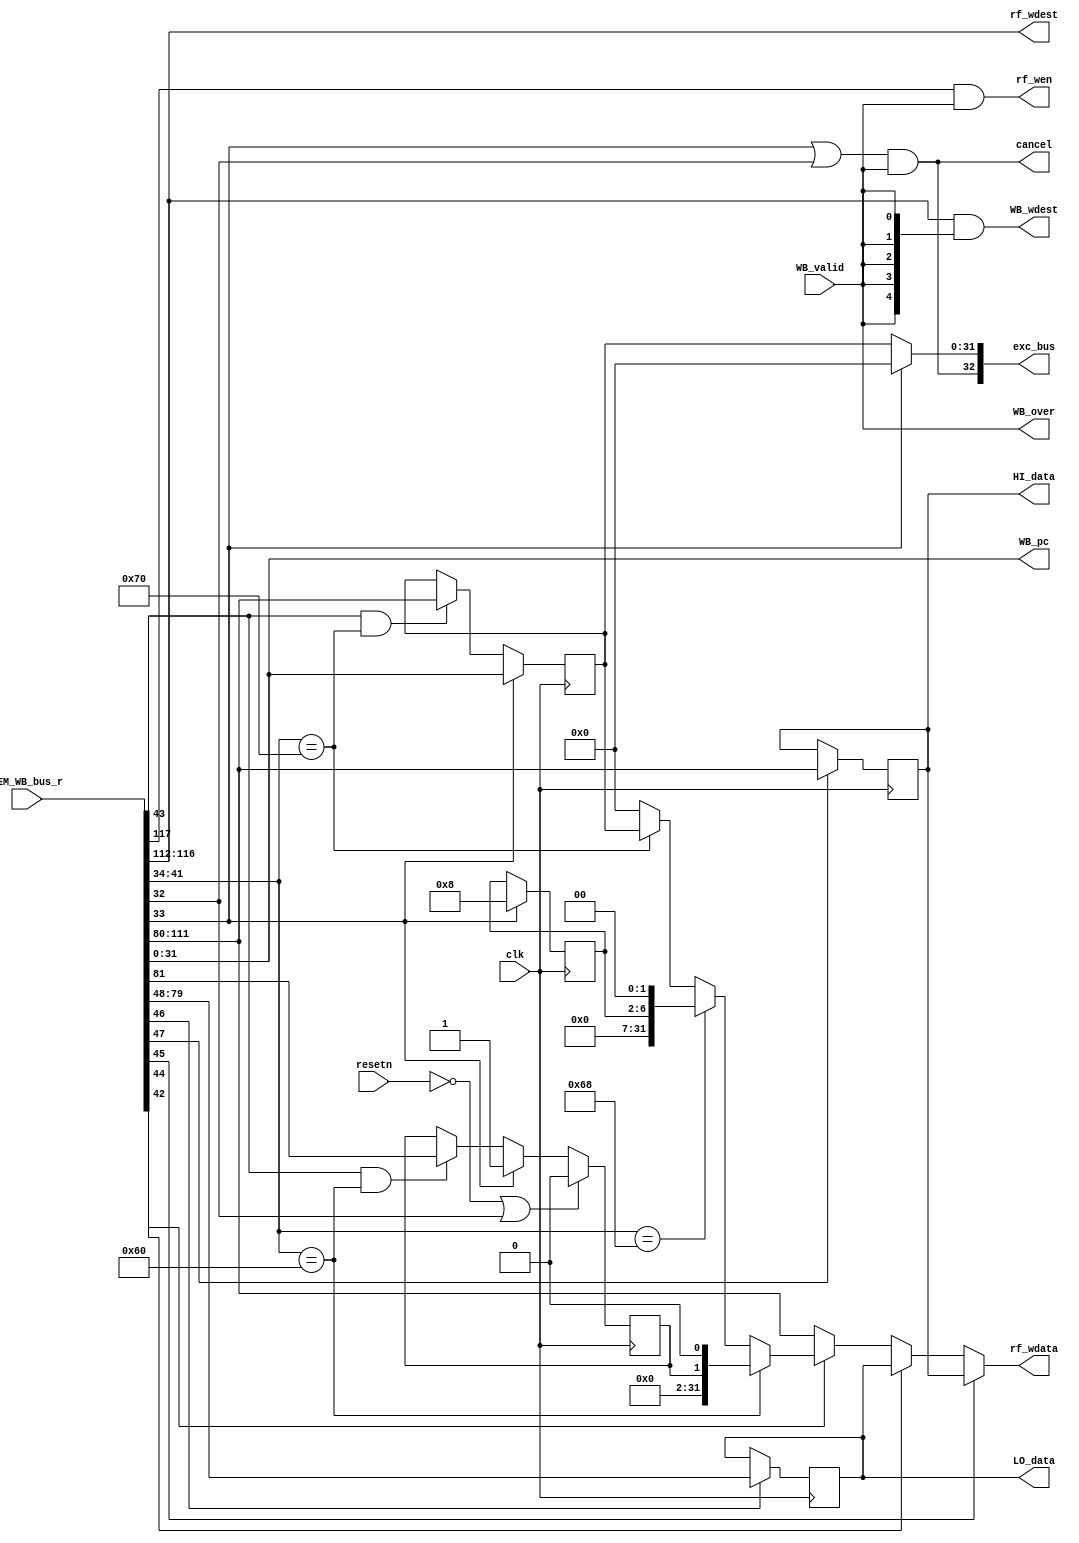
`timescale 1ns / 1ps
//*************************************************************************
//   > : wb.v
//   >   :CPU
//   >   : LOONGSON
//   >   : 2016-04-14
//*************************************************************************
`define EXC_ENTER_ADDR 32'd0     // Excption
                                 // ExceptionSYSCALL
module wb(                       // 
    input          WB_valid,     // 
    input  [117:0] MEM_WB_bus_r, // MEM->WB
    output         rf_wen,       // 
    output [  4:0] rf_wdest,     // 
    output [ 31:0] rf_wdata,     // 
    output         WB_over,      // WB

     //5
     input             clk,       // 
    input             resetn,    // 
     output [ 32:0] exc_bus,      // Exception pc
     output [  4:0] WB_wdest,     // WB
     output         cancel,       // syscalleretcancel
                                  // 
 
     //PCHI/LO
     output [ 31:0] WB_pc,
     output [ 31:0] HI_data,
     output [ 31:0] LO_data
);
//-----{MEM->WB}begin    
    //MEMresult
    wire [31:0] mem_result;
    //HI/LO
    wire [31:0] lo_result;
    wire        hi_write;
    wire        lo_write;
    
    //
    wire wen;
    wire [4:0] wdest;
    
    //
    wire mfhi;
    wire mflo;
    wire mtc0;
    wire mfc0;
    wire [7 :0] cp0r_addr;
    wire       syscall;   //syscalleret 
    wire       eret;
    
    //pc
    wire [31:0] pc;    
    assign {wen,
            wdest,
            mem_result,
            lo_result,
            hi_write,
            lo_write,
            mfhi,
            mflo,
            mtc0,
            mfc0,
            cp0r_addr,
            syscall,
            eret,
            pc} = MEM_WB_bus_r;
//-----{MEM->WB}end

//-----{HI/LO}begin
    //HI32
    //LO32
    reg [31:0] hi;
    reg [31:0] lo;
    
    //HImem_result
    always @(posedge clk)
    begin
        if (hi_write)
        begin
            hi <= mem_result;
        end
    end
    //LOlo_result
    always @(posedge clk)
    begin
        if (lo_write)
        begin
            lo <= lo_result;
        end
    end
//-----{HI/LO}end

//-----{cp0}begin
// cp00
// CPUcp0
// STATUS(12.0),CAUSE(13.0),EPC(14.0)
// CP05cp0
   wire [31:0] cp0r_status;
   wire [31:0] cp0r_cause;
   wire [31:0] cp0r_epc;
   
   //
   wire status_wen;
   //wire cause_wen;
   wire epc_wen;
   assign status_wen = mtc0 & (cp0r_addr=={5'd12,3'd0});
   assign epc_wen    = mtc0 & (cp0r_addr=={5'd14,3'd0});
   
   //cp0
   wire [31:0] cp0r_rdata;
   assign cp0r_rdata = (cp0r_addr=={5'd12,3'd0}) ? cp0r_status :
                       (cp0r_addr=={5'd13,3'd0}) ? cp0r_cause  :
                       (cp0r_addr=={5'd14,3'd0}) ? cp0r_epc : 32'd0;
   
   //STATUS
   //STATUS[1]EXL
   //EXLstatu_wen
   reg status_exl_r;
   assign cp0r_status = {30'd0,status_exl_r,1'b0};
   always @(posedge clk)
   begin
       if (!resetn || eret)
       begin
           status_exl_r <= 1'b0;
       end
       else if (syscall)
       begin
           status_exl_r <= 1'b1;
       end
       else if (status_wen)
       begin
           status_exl_r <= mem_result[1];
       end
   end
   
   //CAUSE
   //CAUSE[6:2]ExcCode,Exception
   //ExcCodecause_wen
   reg [4:0] cause_exc_code_r;
   assign cp0r_cause = {25'd0,cause_exc_code_r,2'd0};
   always @(posedge clk)
   begin
       if (syscall)
       begin
           cause_exc_code_r <= 5'd8;
       end
   end
   
   //EPC
   //
   //EPCepc_wen
   reg [31:0] epc_r;
   assign cp0r_epc = epc_r;
   always @(posedge clk)
   begin
       if (syscall)
       begin
           epc_r <= pc;
       end
       else if (epc_wen)
       begin
           epc_r <= mem_result;
       end
   end
   
   //syscalleretcancel
   assign cancel = (syscall | eret) & WB_over;
//-----{cp0}begin

//-----{WB}begin
    //WB
    //WB_validWB_over
    assign WB_over = WB_valid;
//-----{WB}end

//-----{WB->regfile}begin
    assign rf_wen   = wen & WB_over;
    assign rf_wdest = wdest;
    assign rf_wdata = mfhi ? hi :
                      mflo ? lo :
                      mfc0 ? cp0r_rdata : mem_result;
//-----{WB->regfile}end

//-----{Exception pc}begin
    wire        exc_valid;
    wire [31:0] exc_pc;
    assign exc_valid = (syscall | eret) & WB_valid;
    //eretEPC
    //SYSCALLexcPC{EBASE[31:10],10'h180},
    //EXC_ENTER_ADDR0
    assign exc_pc = syscall ? `EXC_ENTER_ADDR : cp0r_epc;
    
    assign exc_bus = {exc_valid,exc_pc};
//-----{Exception pc}end

//-----{WBdest}begin
   //WB
    assign WB_wdest = rf_wdest & {5{WB_valid}};
//-----{WBdest}end

//-----{WBPCHI/LO}begin
    assign WB_pc = pc;
    assign HI_data = hi;
    assign LO_data = lo;
//-----{WBPCHI/LO}end
endmodule